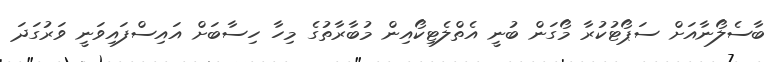
ބާސެލޯނާއަށް ސަޕޯޓުކުރާ މޯގަން ބުނީ އެތްލެޓިކޯއިން މުބާރާތުގެ މިހާ ހިސާބަށް އައިސްފައިވަނީ ވަރުގަދަ